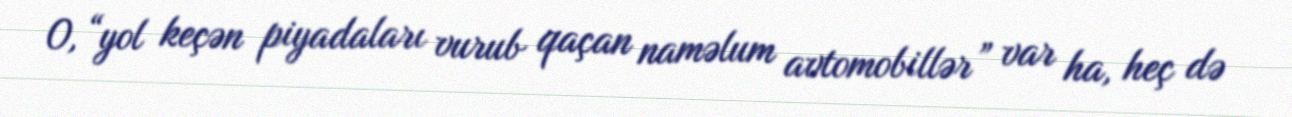
O, “yol keçən piyadaları vurub qaçan naməlum avtomobillər” var ha, heç də